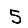
Digit: 5